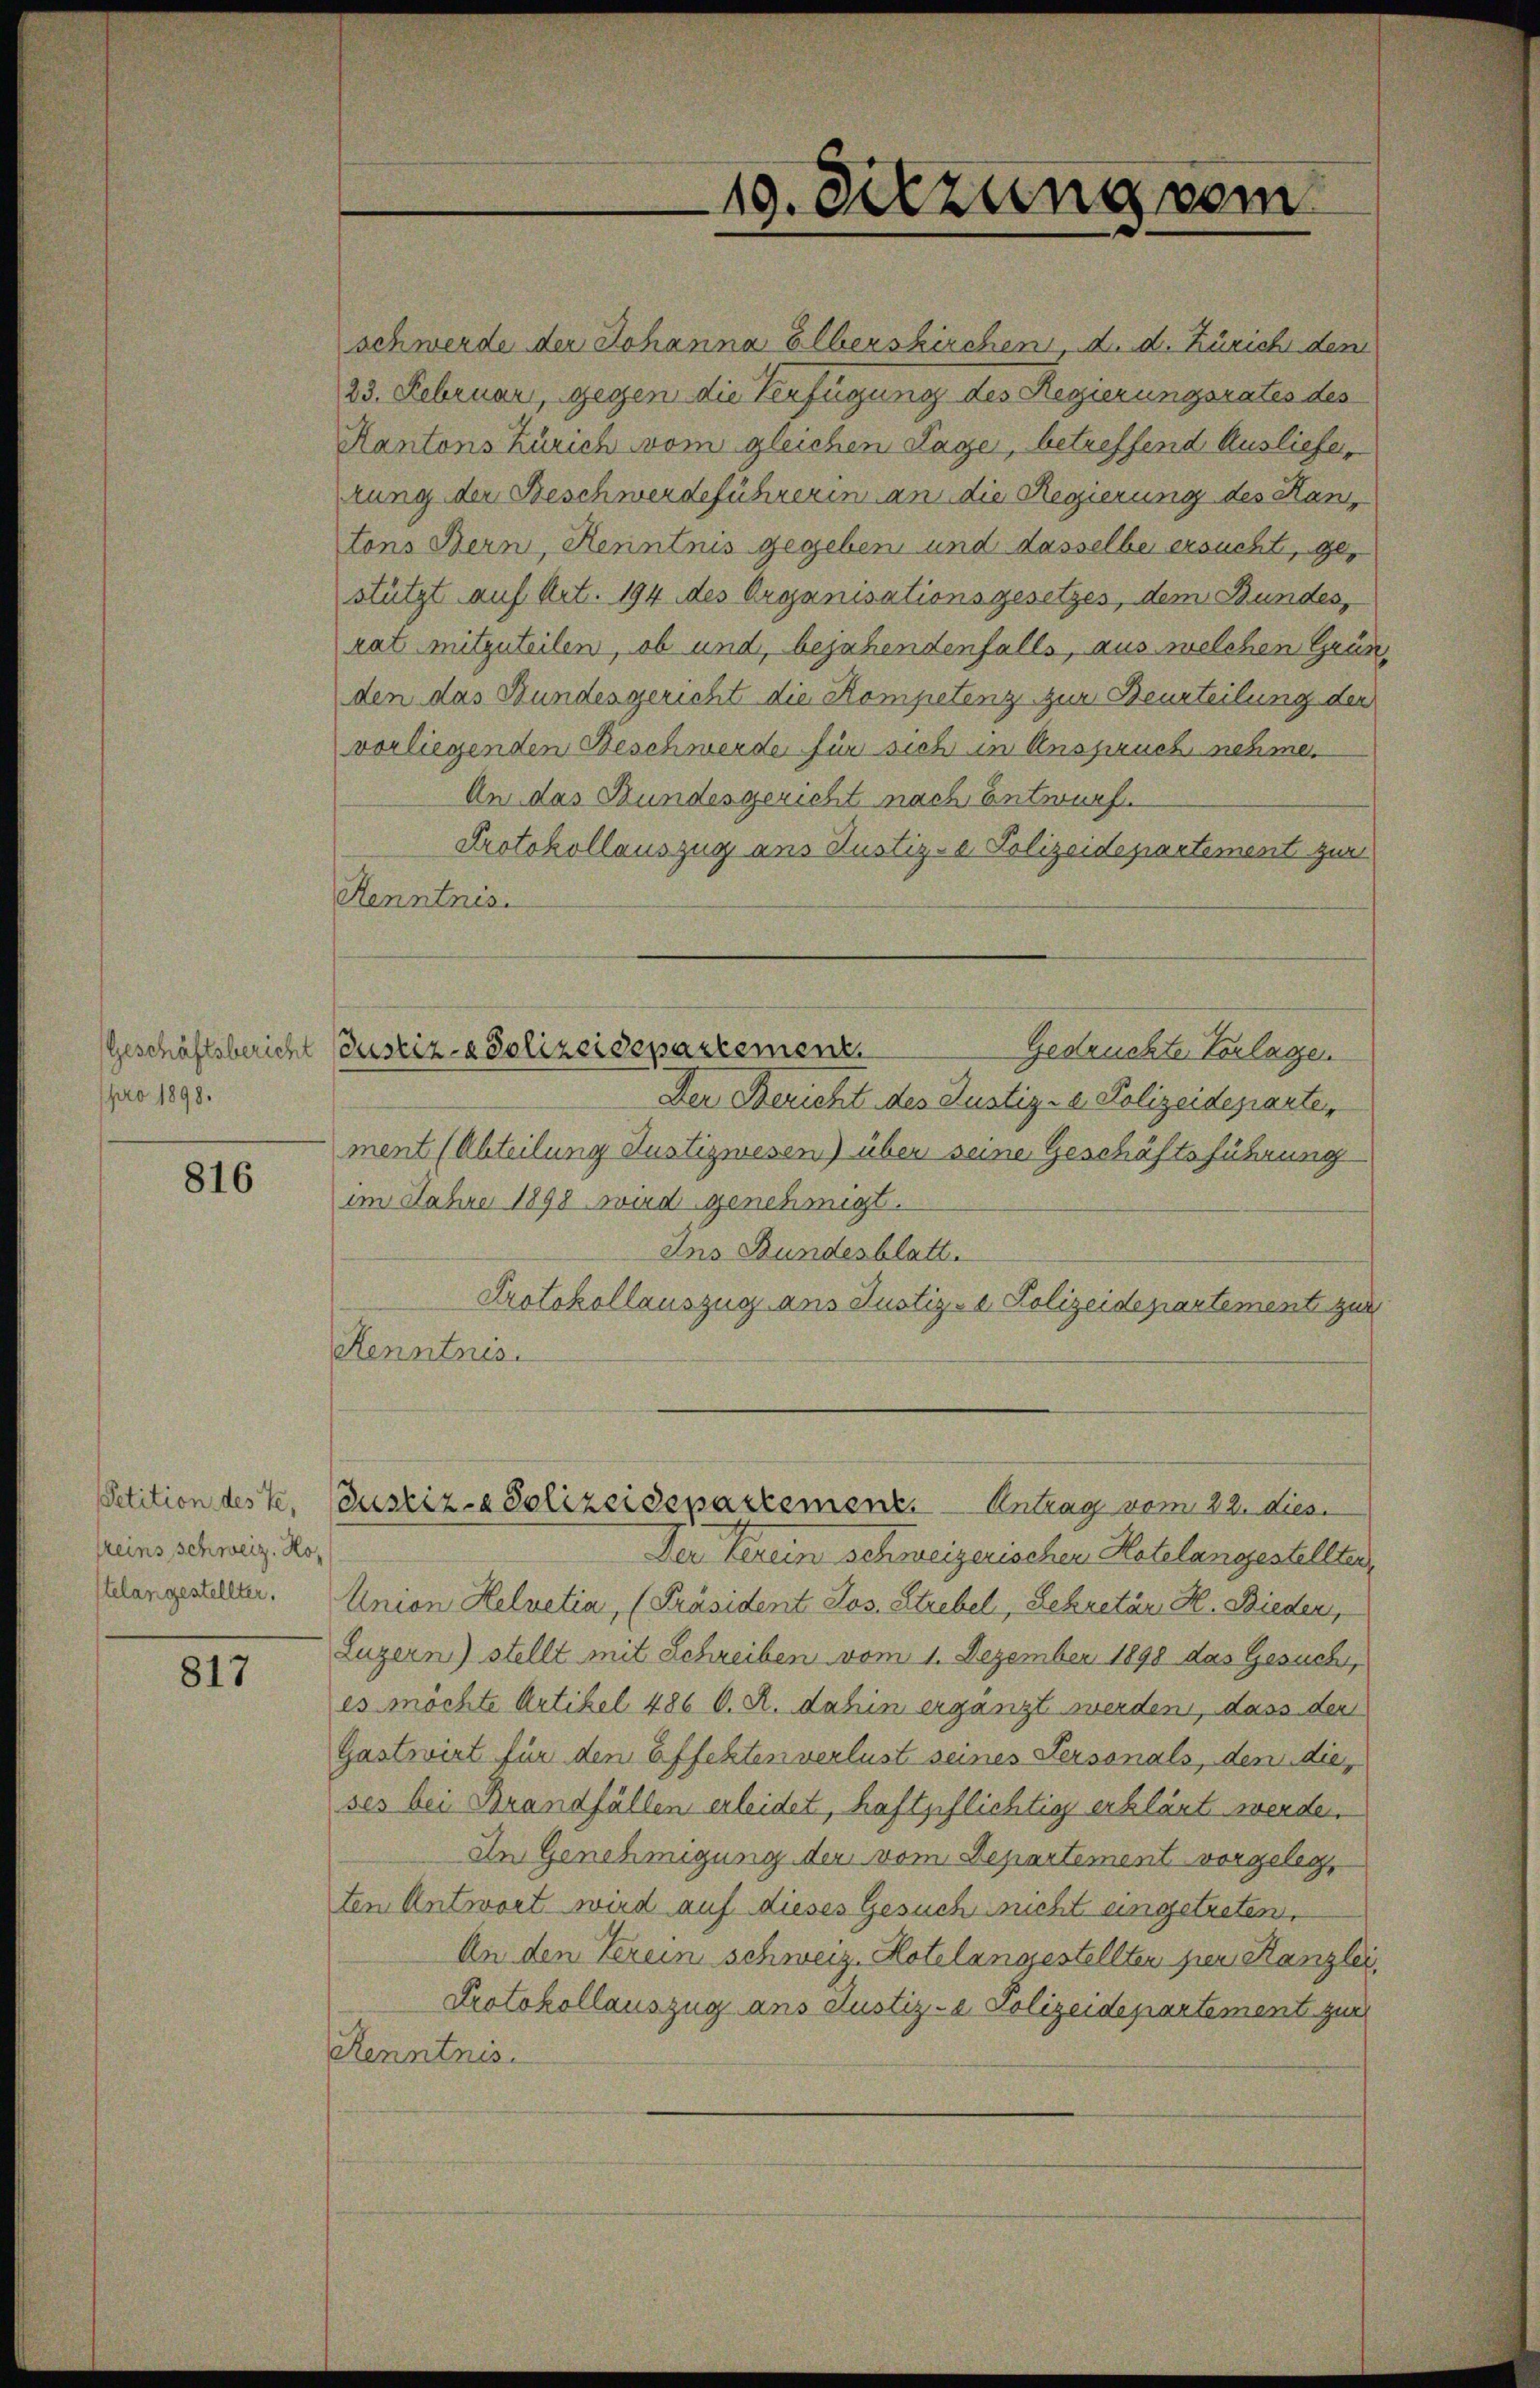
pro 1898.

816

Petition des Te,
reins Schweiz. Kos
telangestellter.

817

schwerde der Johanna Elberskirchen, d. d. Zürich dem
23. Februar, gegen die Verfügung des Regierungsrates des
Kantons Zürich vom gleichen Lage, betreffend Ausliefer,
rung der Beschwerdeführerin an die Regierung des Hanstons Bern, Kenntnis gegeben und dasselbe ersucht, gestützt auf Art. 194 des Organisationsgesetzes, dem Bundes,
rat mitzuteilen, ob und, bejahendenfalls, aus welchen Gründen das Bundesgericht die Kompetenz zur Beurteilung der
vorliegenden Beschwerde für sich in Anspruch nehme.
An das Bundesgericht nach Entwurf.
Protokollauszug aus Justiz- & Polizeidepartement zur
Kenntnis.
Gedruckte Vorlagen
Der Bericht des Justiz- & Polizeideparte
ment (Abteilung Justizwesen) über seine Geschäftsführung
im Jahre 1898 wird genehmigt.
Ins Bundesblatt.
Protokollauszug aus Justiz- & Polizeidepartement zur
Kenntnis
Justiz- Polizeidepartement. - Antrag vom 22. dies
Der Verein schweizerischen Hotelangestellten,
Union Helvetia, (Präsident Jos. Strebel, Sekretär H. Bieden,
Luzern) stellt mit Schreiben vom 1. Dezember 1898 das Gesuch,
es möchte Artikel 486 D. R. dahin ergänzt werden, dass der
Gastwirt für den Effekten verlust seines Personals, dem dieses bei Brandfällen erleidet, haftpflichtig erklärt werde.
In Genehmigung der vom Departement vorgeleg
ten Antwort wird auf dieses Gesuch wucht angetreten,
An den Verein schweiz. Hotelangestellten per Kanzlei,
Protokollauszug ans Justiz- & Polizeidepartement zur
Renntnis.

Geschäftsbericht (Justiz- & Polizeidepartement.

19. Sitzung vom